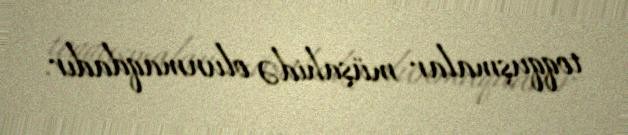
toqquşmalar müşahidə olunmaqdadır.